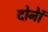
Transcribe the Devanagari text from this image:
दोनेां